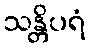
သန္တိပရံ